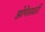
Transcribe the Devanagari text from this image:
झोपेसाठी